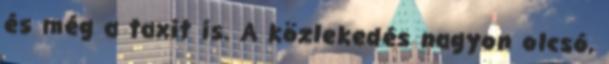
és még a taxit is. A közlekedés nagyon olcsó,